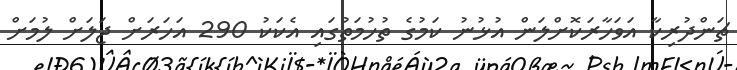
ޗަންދުރިކާ އަވަހާރަކޮށްލަން އުޅުނު ކަމުގެ ތުހުމަތުގައި އެކަކު 290 އަހަރަށް ޖަލަށް ލުމަށް